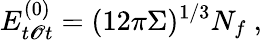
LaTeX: E_{t\mathscr{O}t}^{(0)}=(12\pi\Sigma)^{1/3}N_{f}~,